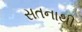
સતનાથી